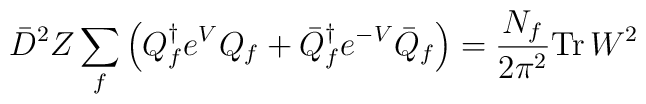
\bar{D}^2 Z \sum_{f}\left({Q}^\dagger_f e^{V}{Q}_f + \bar{Q}^\dagger_{f} e^{-V}\bar{Q}_f \right) = \frac{N_f}{2\pi^2} {\rm Tr}\, W^2